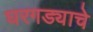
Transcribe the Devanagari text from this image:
घरगड्याचे